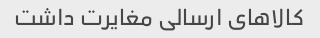
کالاهای ارسالی مغایرت داشت